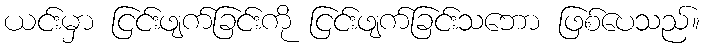
ယင်းမှာ ငြင်းဖျက်ခြင်းကို ငြင်းဖျက်ခြင်းသဘော ဖြစ်ပေသည်။